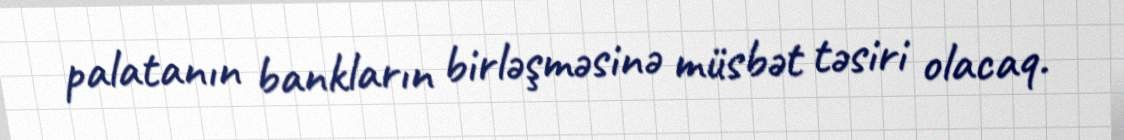
palatanın bankların birləşməsinə müsbət təsiri olacaq.